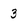
Character: 3